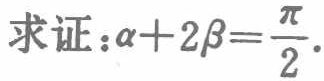
求证：\(\alpha + 2\beta=\frac{\pi}{2}\)